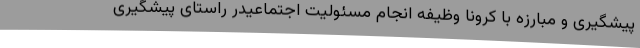
پیشگیری و مبارزه با کرونا وظیفه انجام مسئولیت اجتماعیدر راستای پیشگیری